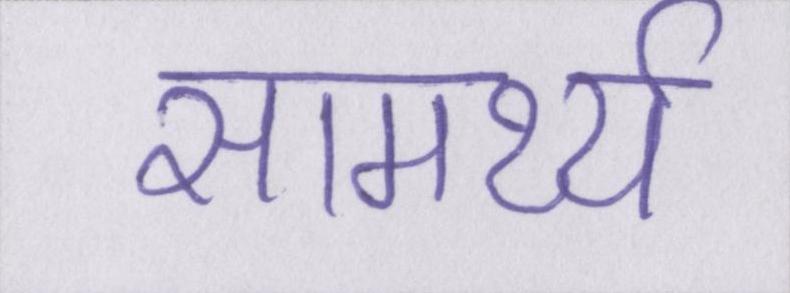
सामर्थ्य